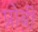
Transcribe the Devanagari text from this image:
प्रोबी